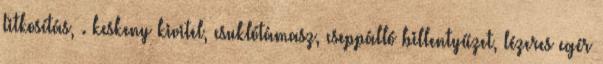
titkosítás, . keskeny kivitel, csuklótámasz, cseppálló billentyűzet, lézeres egér